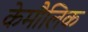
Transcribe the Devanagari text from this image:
केमौलिक